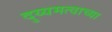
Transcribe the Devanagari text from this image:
दुय्यमत्वाच्या